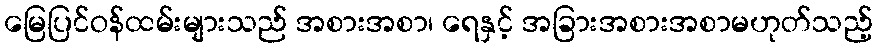
မြေပြင်ဝန်ထမ်းများသည် အစားအစာ၊ ရေနှင့် အခြားအစားအစာမဟုတ်သည့်